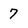
Character: 7